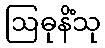
ဩဓုနိံသု